Leaving Certificate Examination (including Day School Certificate (Higher) General paper), 1939
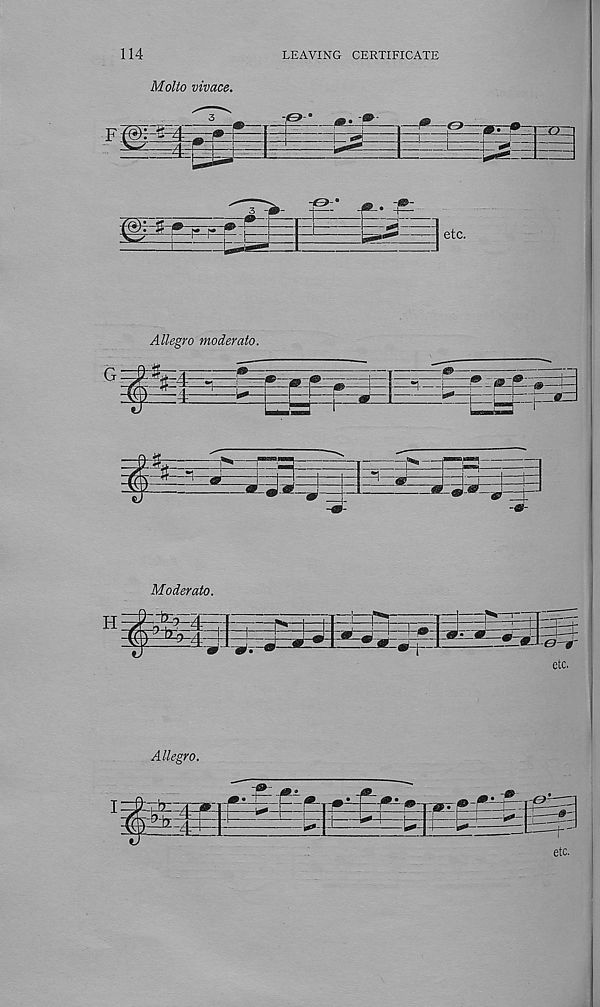
114
LEAVING CERTIFICATE
Molto vivace.
Allegro moderato.
“I—
Moderato.
»•>
etc.
Allegro.
etc.